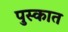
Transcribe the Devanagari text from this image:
पुस्कात